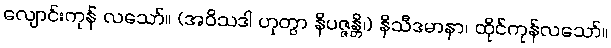
လျောင်းကုန် လသော်။ (အဝိသဒါ ဟုတွာ နိပဇ္ဇန္တိ၊) နိသီဒမာနာ၊ ထိုင်ကုန်လသော်။